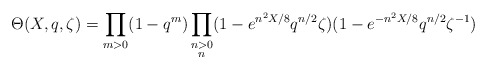
\begin{align*}\Theta(X,q,\zeta)=\prod_{m>0}(1-q^m)\prod_{\substack{n>0\\ n }}(1-e^{n^2X/8}q^{n/2}\zeta)(1-e^{-n^2X/8}q^{n/2}\zeta^{-1})\end{align*}